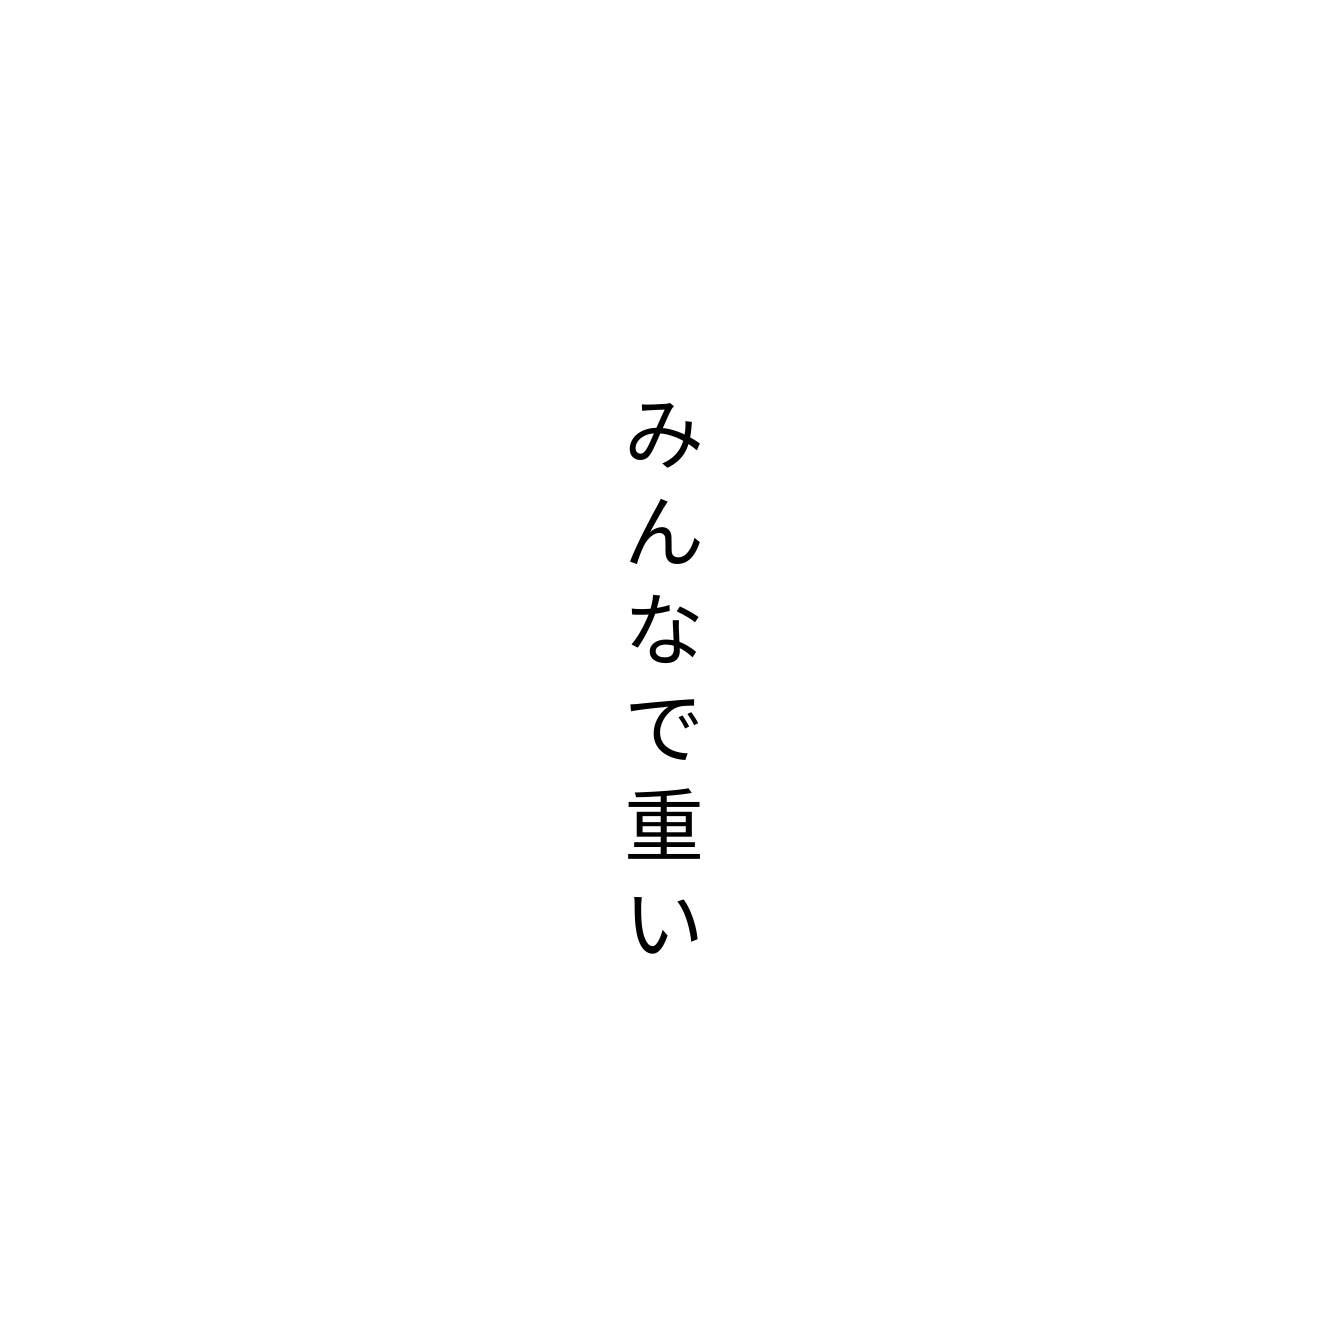
みんなで重い